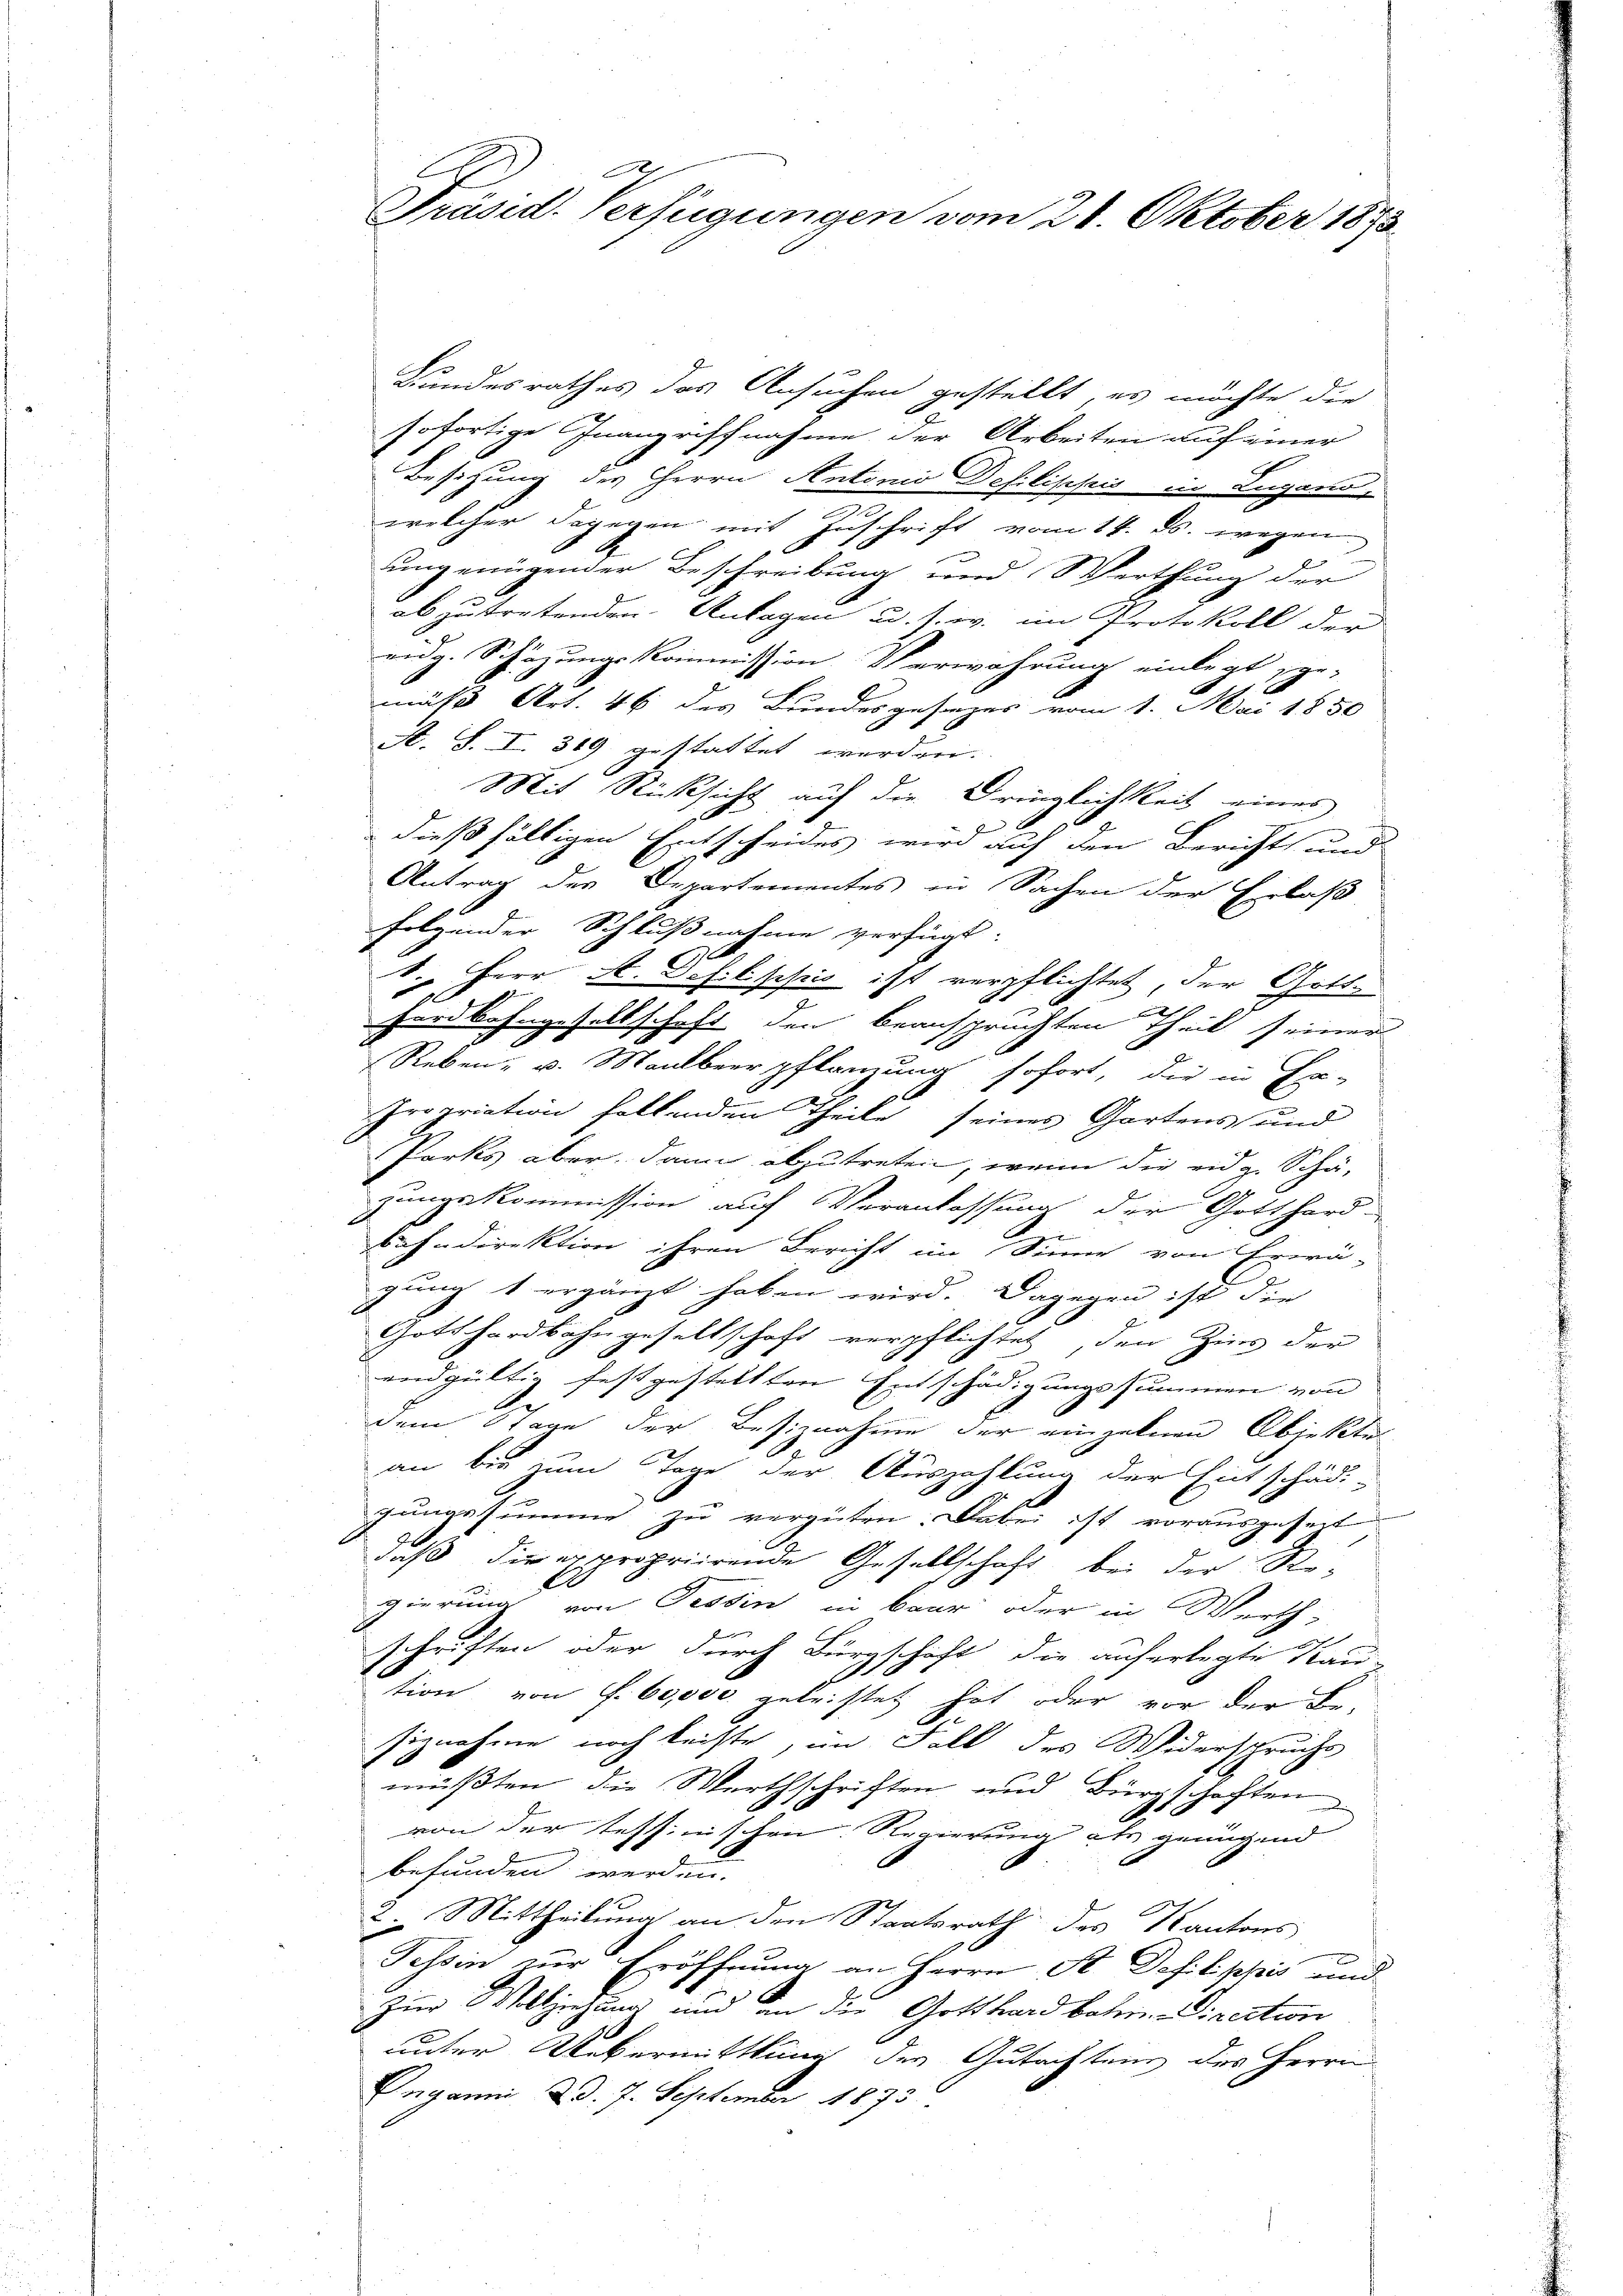
E
Präsid. Verfügungen vom 21. Oktober 1893

Bundesrathes das Ansuchen gestellt, es möchte die
sofortige Inangriffnahme der Arbeiten auf einer
Besitzung des Herrn Antonio Defilippis in Lugano,
welcher dagegen mit Zuschrift vom 14. ds. wegen
ung einigender Beschreibung und Werthung der
abzutretenden Anlagen u. s. w. im Protokoll der
eidg. Schüzungskommission Verwahrung einlegt, spe-
mäß Art. 46 des Bundesgesages vom 1. Mai 1850
A. S. I. 319 gestattet werden.
Mit Rücksicht auf die Dringlichkeit eines
Jun
dießfälligen Entscheides wird auf den Berichts und
Antrag des Departementes in Sachen der Erlaß
folgender Schlußnahme verfügt:
S. Herr A. Defel schnis ist verpflichtet, der Gott¬
87
Fardbahngesellschaft den beanspruchten Theil seiner
Reben, u. Maulbeerpflamung sofort, die in Er-
Propriation fallenden Theile seines Gartens und
Parks aber, dann abzutreten, wenn die eidg. Schä-
zungskommission auf Veranlassung der Gotthard-
bahndirektion ihren Bericht im Sinne von Erwä-
gung 1 ergänzt haben wird. Dagegen ist die
Gotthardbahngesellschaft verpflichtet, den Zins der
undgültig festgestellten Entschädigungssummen von
dem Tage der Besiznahme der einzelnen Objekte
an bis zum Tage der Auszahlung der Entschädi-
gungssumme zu vergüten. Dabei ist vorausgeset
daß die propriirende Gesellschaft bei der Ro-
gierung von Tessin in baar oder in Werth,
schriften oder durch Bürgschaft die auferlegte Kau-
tion von f. 60,000 geleistet hat oder vor der Be-
siznahme noch leiste, im Fall des Widerspruche
müßten, die Werthschriften und Bürgschaften
von der tessinischen Regierung als genügend
befunden werden.
2. Mittheilung an den Staatsrath des Kantons
Tessin zur Eröffnung an Herrn St. Dosilippis und
Zur Vollziehung und an die Gotthard betr. Direction
unter Uebermittlung des Gutachtens des Herrn
Inganni d. d. 7. September 1873.